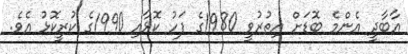
އާބާދީ އެންމެ ބޮޑަށް އިތުރުވީ 1980ގެ ފަހު ކޮޅާއި 1990ގެ ކުރީކޮޅު އެވެ.